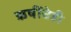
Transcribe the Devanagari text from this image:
ऋषींचेही